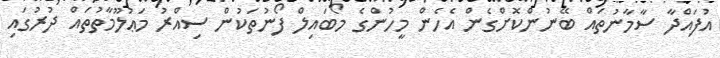
އުފައްދާ ސާމާނުތައް ބޭނުންކޮށްގެން އެހެން މީހުންގެ މޯބައިލް ފޯނުތަކުން ސިއްރު މަޢުލޫމާތުތައް ދުރުގައި